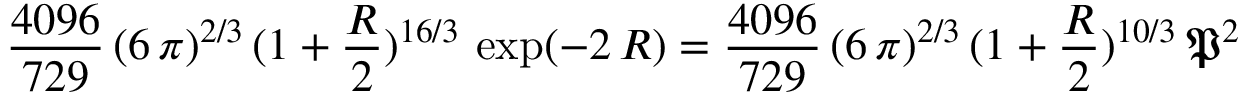
\frac { 4 0 9 6 } { 7 2 9 } \, ( 6 \, \pi ) ^ { 2 / 3 } \, ( 1 + \frac { R } { 2 } ) ^ { 1 6 / 3 } \, \exp ( - 2 \, R ) = \frac { 4 0 9 6 } { 7 2 9 } \, ( 6 \, \pi ) ^ { 2 / 3 } \, ( 1 + \frac { R } { 2 } ) ^ { 1 0 / 3 } \, \mathfrak { P } ^ { 2 }